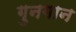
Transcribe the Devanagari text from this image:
गुनगान